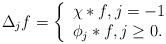
LaTeX: \begin{align*}\Delta_j f = \left\{\begin{array}{l}\chi\ast f, j=-1 \\ \phi_j\ast f, j\geq 0.\end{array}\right.\end{align*}